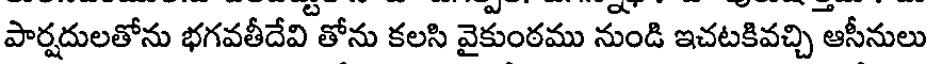
పార్షదులతోను భగవతీదేవి తోను కలసి వైకుంఠము నుండి ఇచటకివచ్చి ఆసీనులు